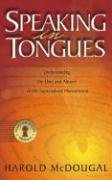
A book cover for Speaking in Tongues: Understanding the Uses and Abuses of This Supernatural Phenomena (Master Key); Harold McDougal; Christian Books & Bibles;